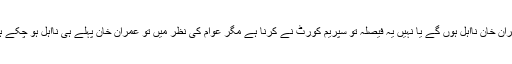
عمران خان نااہل ہوں گے یا نہیں یہ فیصلہ تو سپریم کورٹ نے کرنا ہے مگر عوام کی نظر میں تو عمران خان پہلے ہی نااہل ہو چکے ہیں۔